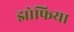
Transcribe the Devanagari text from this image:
झोफिया